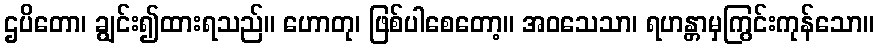
ဌပိတော၊ ချွင်း၍ထားရသည်။ ဟောတု၊ ဖြစ်ပါစေတော့။ အဝသေသာ၊ ရဟန္တာမှကြွင်းကုန်သော။